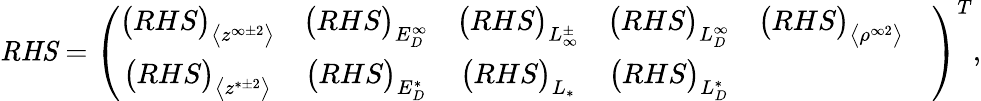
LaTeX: \textbf{\emph{RHS}}=\left(\begin{array}{ccccccccc}{\big(RHS\big)_{\big<z^{\infty\pm 2}\big>}}&{\big(RHS\big)_{E_{D}^{\infty}}}&{\big(RHS\big)_{L_{\infty}^{\pm}}}&{\big(RHS\big)_{L_{D}^{\infty}}}&{\big(RHS\big)_{\big<\rho^{\infty 2}\big>}}&\\ {\big(RHS\big)_{\big<z^{*\pm 2}\big>}}&{\big(RHS\big)_{E_{D}^{*}}}&{\big(RHS\big)_{L_{*}}}&{\big(RHS\big)_{L_{D}^{*}}}\end{array}\right)^{T},